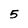
Character: 5